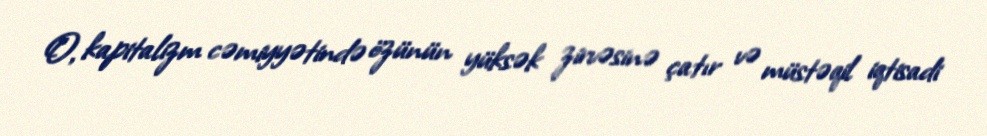
O, kapitalizm cəmiyyətində özünün yüksək zirvəsinə çatır və müstəqil iqtisadi